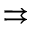
\rightrightarrows